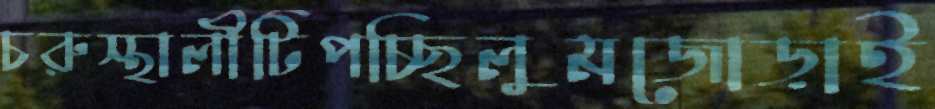
চরুস্থালীটিপচ্ছিলুমজোড়াই